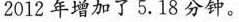
2012年增加了5.18分钟。